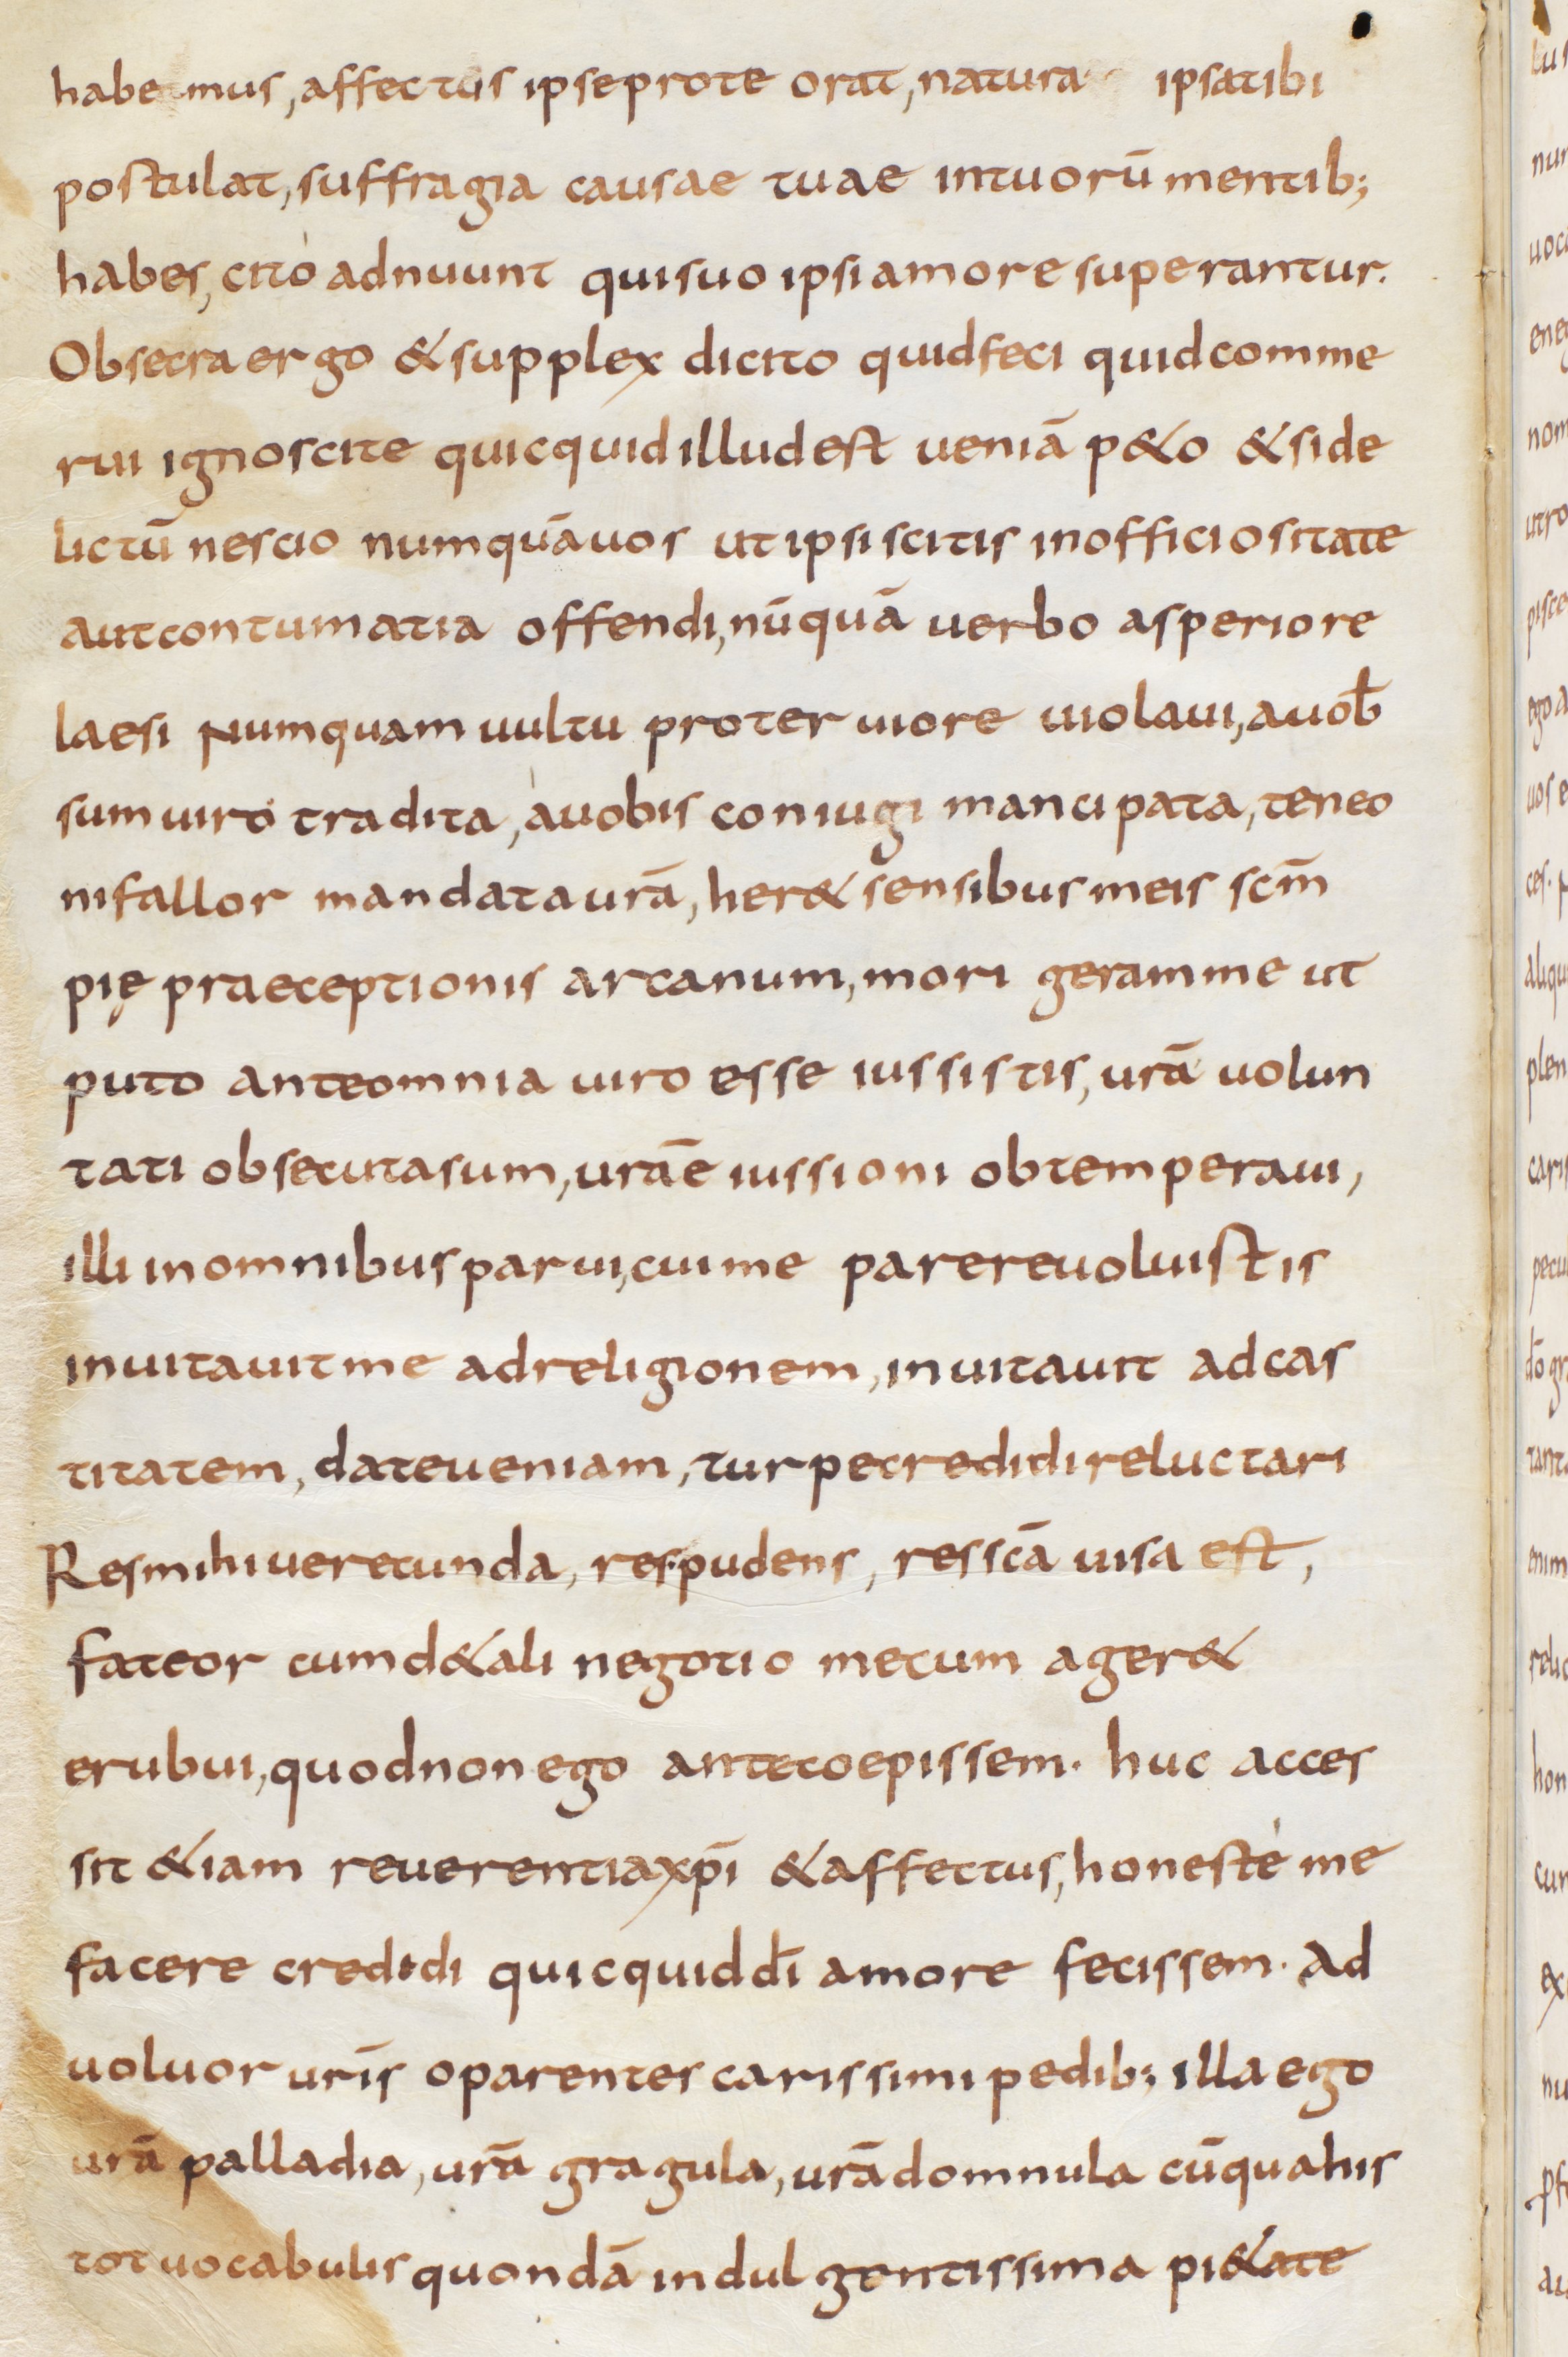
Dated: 800–999